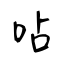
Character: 呫